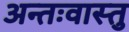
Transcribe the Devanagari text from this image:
अन्तःवास्तु